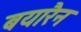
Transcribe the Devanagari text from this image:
बयारैन